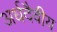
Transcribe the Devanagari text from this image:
अर्धदैवीय